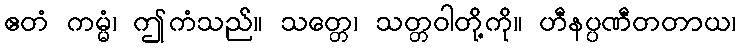
ဧတံ ကမ္မံ၊ ဤကံသည်။ သတ္တေ၊ သတ္တဝါတို့ကို။ ဟီနပ္ပဏီတတာယ၊